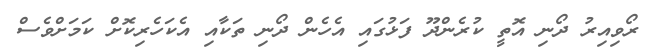
ރޯވިއިރު ދޯނި އޮތީ ކުރެންދޫ ފަޅުގައި އެހެން ދޯނި ތަކާއި އެކަހެރިކޮށް ކަމަށްވެސް